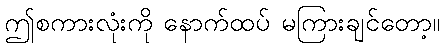
ဤစကားလုံးကို နောက်ထပ် မကြားချင်တော့။